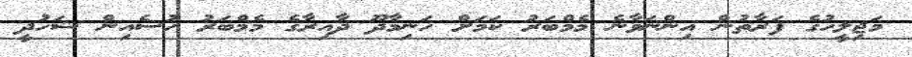
މަޖިލީހުގެ ފަރާތުން އިންނަވާނެ މެމްބަރު ކަމަށް ހަނިމާދޫ ދާއިރާގެ މެމްބަރު ހުސެއިން ޝަހުދީ